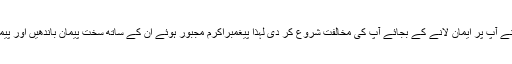
پیغمبر اکرم(ص) کے مدینہ ہجرت کے بعد یہودیوں نے آپ پر ایمان لانے کے بجائے آپ کی مخالفت شروع کر دی لہذا پیغمبراکرم مجبور ہوئے ان کے ساتھ سخت پیمان باندھیں اور پیمان شکنی کی صورت میں تلوار سے ان کا جواب دیں۔